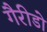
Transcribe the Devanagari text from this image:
गैरीडो